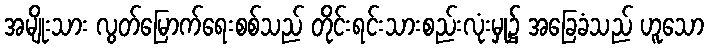
အမျိုးသား လွတ်မြောက်ရေးစစ်သည် တိုင်းရင်းသားစည်းလုံးမှု၌ အခြေခံသည် ဟူသော